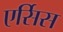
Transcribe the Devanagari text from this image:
एर्सिस